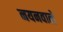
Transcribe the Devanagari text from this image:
नयनवाले